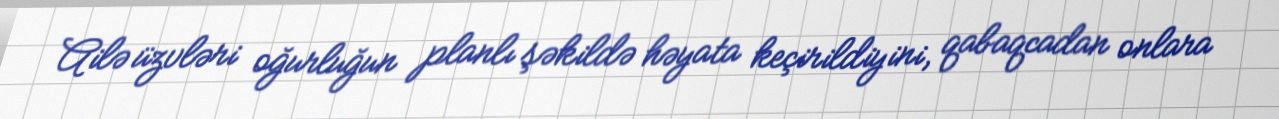
Ailə üzvləri oğurluğun planlı şəkildə həyata keçirildiyini, qabaqcadan onlara